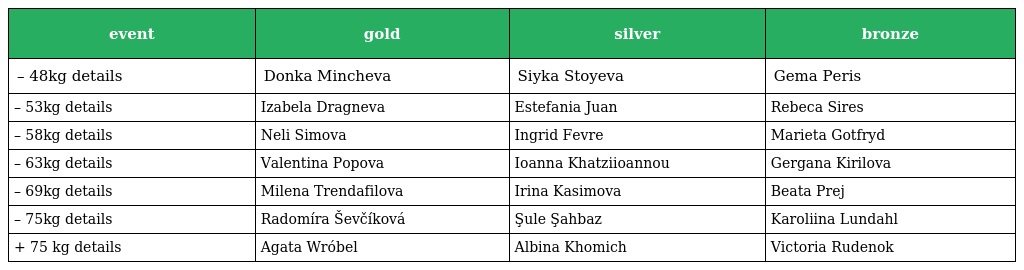
| event | gold | silver | bronze |
 | --- | --- | --- | --- |
 | – 48kg details | Donka Mincheva | Siyka Stoyeva | Gema Peris |
 | – 53kg details | Izabela Dragneva | Estefania Juan | Rebeca Sires |
 | – 58kg details | Neli Simova | Ingrid Fevre | Marieta Gotfryd |
 | – 63kg details | Valentina Popova | Ioanna Khatziioannou | Gergana Kirilova |
 | – 69kg details | Milena Trendafilova | Irina Kasimova | Beata Prej |
 | – 75kg details | Radomíra Ševčíková | Şule Şahbaz | Karoliina Lundahl |
 | + 75 kg details | Agata Wróbel | Albina Khomich | Victoria Rudenok |